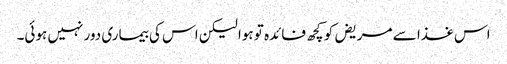
اس غذا سے مریض کو کچھ فائدہ تو ہوا لیکن اس کی بیماری دور نہیں ہوئی۔